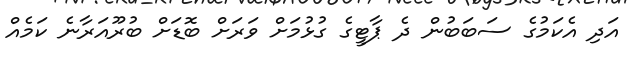
އަދި އެކަމުގެ ސަބަބުން ދެ ޕާޓީގެ ގުޅުމަށް ވަރަށް ބޮޑަށް ބުރޫއަރާނެ ކަމެއް